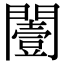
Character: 𨶮